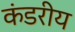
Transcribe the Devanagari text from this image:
कंडरीय